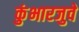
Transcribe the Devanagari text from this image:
कुंभारजुवे